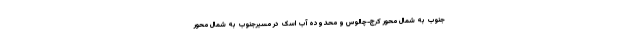
جنوب به شمال محور کرج-چالوس و محدوده آب اسک در مسیرجنوب به شمال محور